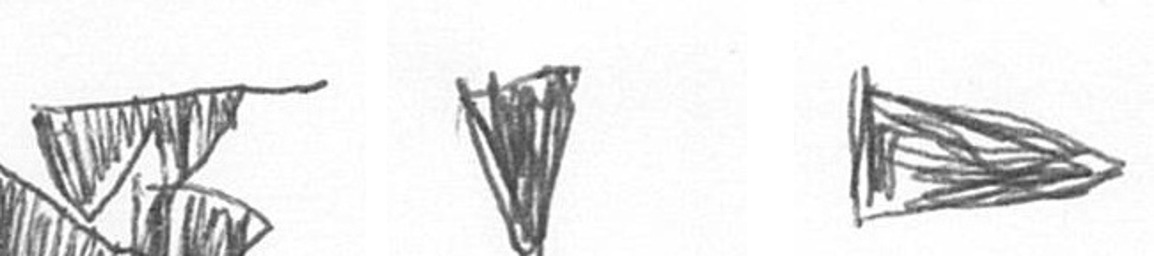
B J T